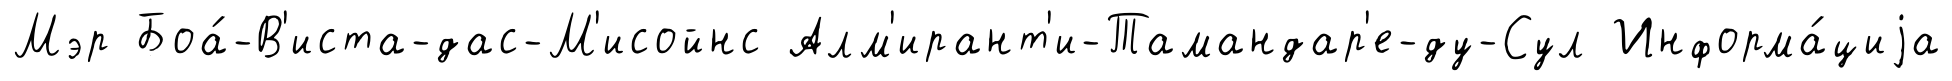
Мэр Боа́-В'иста-дас-М'исойнс Алм'ирант'и-Тамандар'е-ду-Сул Информа́циjа